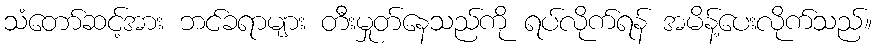
သံတော်ဆင့်အား ဘင်ခရာများ တီးမှုတ်နေသည်ကို ရပ်လိုက်ရန် အမိန့်ပေးလိုက်သည်။